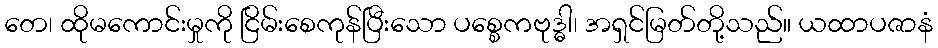
တေ၊ ထိုမကောင်းမှုကို ငြိမ်းစေကုန်ပြီးသော ပစ္စေကဗုဒ္ဓါ၊ အရှင်မြတ်တို့သည်။ ယထာပဇာနံ